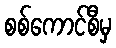
စစ်ကောင်စီမှ